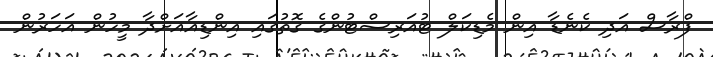
ފްރާސް އަދި ކެނެޑާ އިން މެޑިކަލް ޓުއަރިސްޓުންގެ ގޮތުގައި އިންޑިއާއަށްދާ މީހުން އަހަރުން